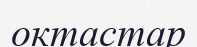
октастар